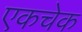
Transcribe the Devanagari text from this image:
एकचेक